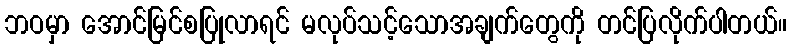
ဘဝမှာ အောင်မြင်စပြုလာရင် မလုပ်သင့်သောအချက်တွေကို တင်ပြလိုက်ပါတယ်။